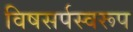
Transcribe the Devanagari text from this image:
विषसर्पस्वरूप